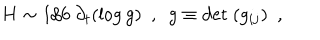
H \sim 1 / 6 ~ \partial _ { t } ( \log g ) ~ ~ , ~ ~ g \equiv \mathrm { d e t } ~ ( g _ { i j } ) ~ ~ ,